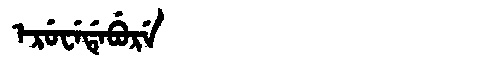
Manchu: ᡝᡵᡠᠸᡝᡩᡝᠪᡠᡵᡝ
Romanization: ERUWEDEBURE